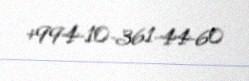
+994-10-361-44-60